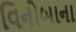
વિનોબાના